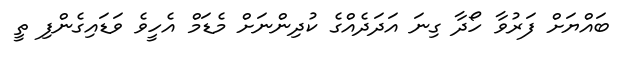
ބައްޔަށް ފަރުވާ ހޯދާ ގިނަ އަދަދެއްގެ ކުދިންނަށް މެޑަމް އެހީވެ ވަޑައިގެންފި ތީ